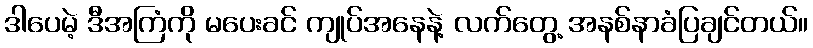
ဒါပေမဲ့ ဒီအကြံကို မပေးခင် ကျုပ်အနေနဲ့ လက်တွေ့ အနစ်နာခံပြချင်တယ်။